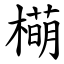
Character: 橗